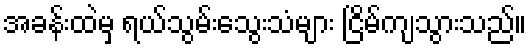
အခန်းထဲမှ ရယ်သွမ်းသွေးသံများ ငြိမ်ကျသွားသည်။